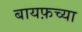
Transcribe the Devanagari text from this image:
बायफ़च्या